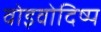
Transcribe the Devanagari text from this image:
वोइवोदिष्प